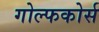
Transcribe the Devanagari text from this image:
गोल्फकोर्स